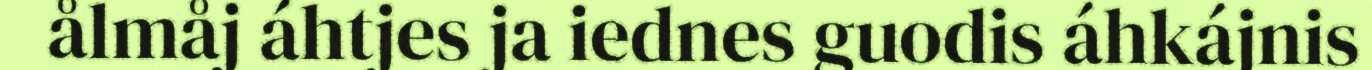
ålmåj áhtjes ja iednes guodis áhkájnis